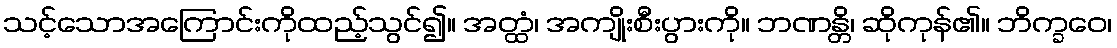
သင့်သောအကြောင်းကိုထည့်သွင်၍။ အတ္ထံ၊ အကျိုးစီးပွားကို။ ဘဏန္တိ၊ ဆိုကုန်၏။ ဘိက္ခဝေ၊